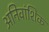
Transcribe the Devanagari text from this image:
अनिवांशिक